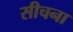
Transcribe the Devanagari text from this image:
सीचना